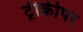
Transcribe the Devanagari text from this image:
ट्रीक्रीपर